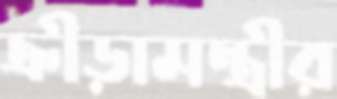
ক্রীড়ামন্ত্রীর